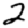
Digit: 2